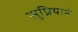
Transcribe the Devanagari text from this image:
सुप्रियाने